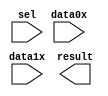
// megafunction wizard: %LPM_MUX%VBB%
// GENERATION: STANDARD
// VERSION: WM1.0
// MODULE: LPM_MUX 

// ============================================================
// Megafunction Name(s):
// 			LPM_MUX
//
// Simulation Library Files(s):
// 			lpm
// ============================================================
// ************************************************************
// THIS IS A WIZARD-GENERATED FILE. DO NOT EDIT THIS FILE!
//
// 14.1.0 Build 186 12/03/2014 SJ Full Version
// ************************************************************

//Copyright (C) 1991-2014 Altera Corporation. All rights reserved.
//Your use of Altera Corporation's design tools, logic functions 
//and other software and tools, and its AMPP partner logic 
//functions, and any output files from any of the foregoing 
//(including device programming or simulation files), and any 
//associated documentation or information are expressly subject 
//to the terms and conditions of the Altera Program License 
//Subscription Agreement, the Altera Quartus II License Agreement,
//the Altera MegaCore Function License Agreement, or other 
//applicable license agreement, including, without limitation, 
//that your use is for the sole purpose of programming logic 
//devices manufactured by Altera and sold by Altera or its 
//authorized distributors.  Please refer to the applicable 
//agreement for further details.

module counter_bus_mux (
	data0x,
	data1x,
	sel,
	result);

	input	[3:0]  data0x;
	input	[3:0]  data1x;
	input	  sel;
	output	[3:0]  result;

endmodule

// ============================================================
// CNX file retrieval info
// ============================================================
// Retrieval info: PRIVATE: INTENDED_DEVICE_FAMILY STRING "Cyclone V"
// Retrieval info: PRIVATE: SYNTH_WRAPPER_GEN_POSTFIX STRING "0"
// Retrieval info: PRIVATE: new_diagram STRING "1"
// Retrieval info: LIBRARY: lpm lpm.lpm_components.all
// Retrieval info: CONSTANT: LPM_SIZE NUMERIC "2"
// Retrieval info: CONSTANT: LPM_TYPE STRING "LPM_MUX"
// Retrieval info: CONSTANT: LPM_WIDTH NUMERIC "4"
// Retrieval info: CONSTANT: LPM_WIDTHS NUMERIC "1"
// Retrieval info: USED_PORT: data0x 0 0 4 0 INPUT NODEFVAL "data0x[3..0]"
// Retrieval info: USED_PORT: data1x 0 0 4 0 INPUT NODEFVAL "data1x[3..0]"
// Retrieval info: USED_PORT: result 0 0 4 0 OUTPUT NODEFVAL "result[3..0]"
// Retrieval info: USED_PORT: sel 0 0 0 0 INPUT NODEFVAL "sel"
// Retrieval info: CONNECT: @data 0 0 4 0 data0x 0 0 4 0
// Retrieval info: CONNECT: @data 0 0 4 4 data1x 0 0 4 0
// Retrieval info: CONNECT: @sel 0 0 1 0 sel 0 0 0 0
// Retrieval info: CONNECT: result 0 0 4 0 @result 0 0 4 0
// Retrieval info: GEN_FILE: TYPE_NORMAL counter_bus_mux.v TRUE
// Retrieval info: GEN_FILE: TYPE_NORMAL counter_bus_mux.inc FALSE
// Retrieval info: GEN_FILE: TYPE_NORMAL counter_bus_mux.cmp FALSE
// Retrieval info: GEN_FILE: TYPE_NORMAL counter_bus_mux.bsf TRUE
// Retrieval info: GEN_FILE: TYPE_NORMAL counter_bus_mux_inst.v FALSE
// Retrieval info: GEN_FILE: TYPE_NORMAL counter_bus_mux_bb.v TRUE
// Retrieval info: LIB_FILE: lpm